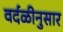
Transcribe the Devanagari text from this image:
वर्दळीनुसार